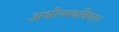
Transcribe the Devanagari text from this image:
अधीनस्थविधान